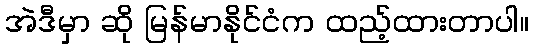
အဲဒီမှာ ဆို မြန်မာနိုင်ငံက ထည့်ထားတာပါ။